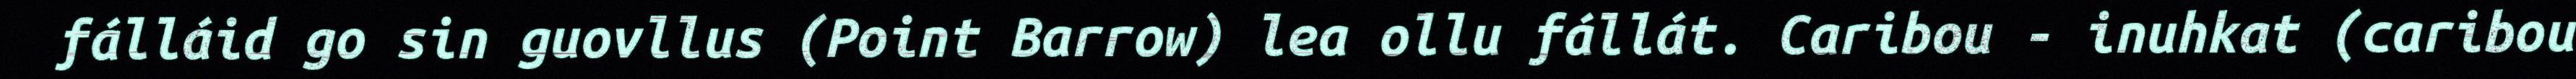
fálláid go sin guovllus (Point Barrow) lea ollu fállát. Caribou - inuhkat (caribou